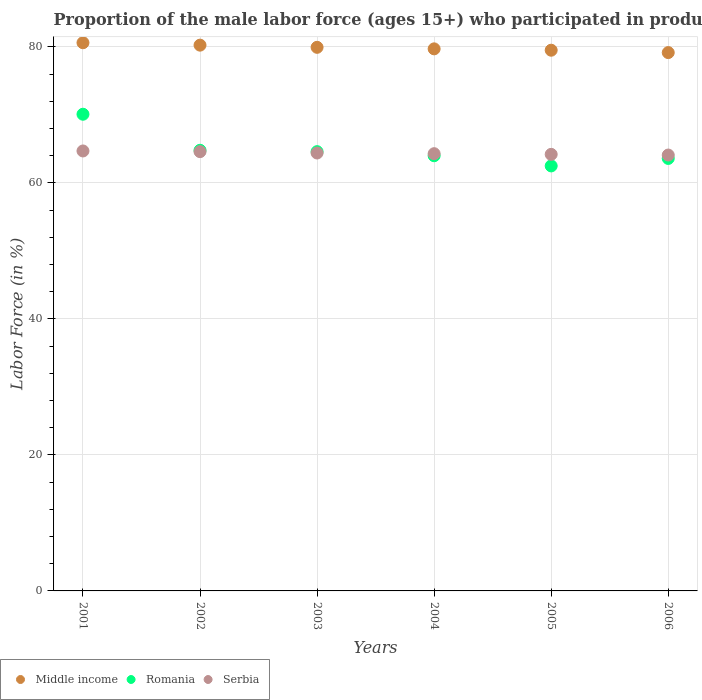
| Years | Middle income | Romania | Serbia |
 | --- | --- | --- | --- |
 | 2001 | 80.6 | 70.1 | 64.7 |
 | 2002 | 80.3 | 64.8 | 64.6 |
 | 2003 | 79.9 | 64.6 | 64.4 |
 | 2004 | 79.7 | 64 | 64.3 |
 | 2005 | 79.5 | 62.5 | 64.2 |
 | 2006 | 79.2 | 63.6 | 64.1 |